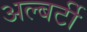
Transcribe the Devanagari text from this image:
अल्बर्टी